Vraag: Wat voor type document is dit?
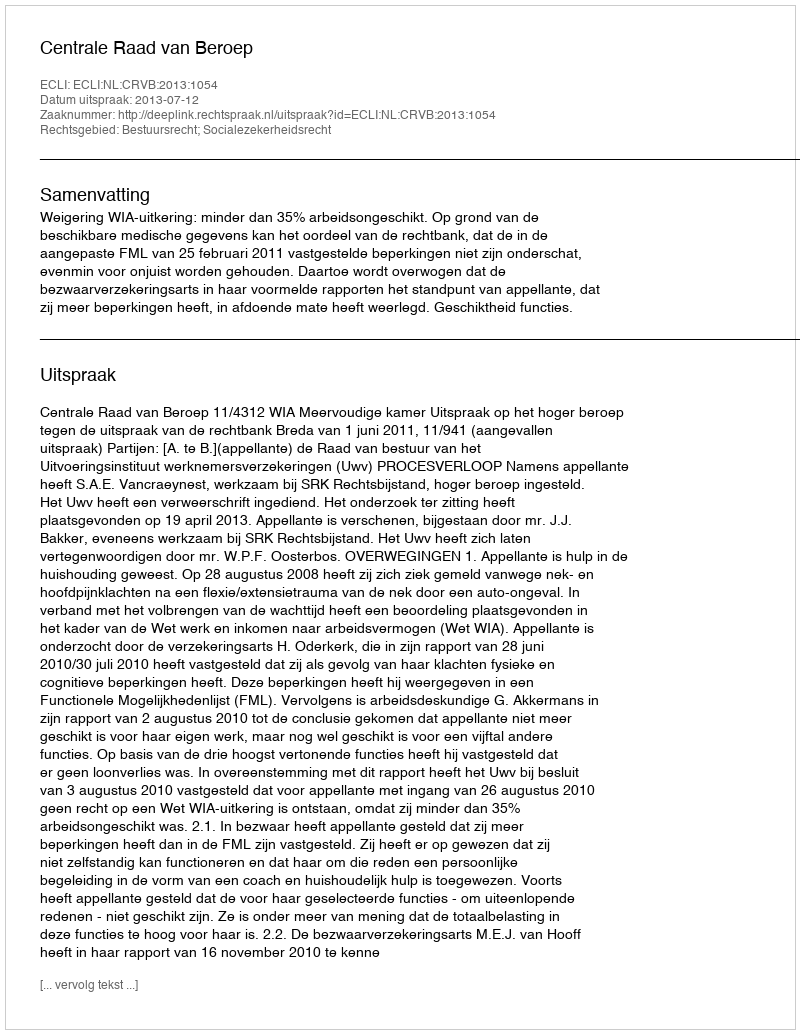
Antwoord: Uitspraak